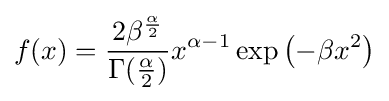
f(x)={\frac {2\beta ^{\frac {\alpha }{2}}}{\Gamma ({\frac {\alpha }{2}})}}x^{\alpha -1}\exp \left(-\beta x^{2}\right)